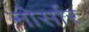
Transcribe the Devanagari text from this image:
नोर्सार